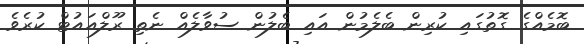
ބޮމެއްގެ ގޮތުގައި ކުރިން ބެލެމުން އައި ބެލުން ސުވާލެއް ނެތި ރޫލްއައުޓް ކުރެވެ